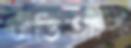
এডিআর